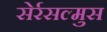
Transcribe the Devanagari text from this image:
सेर्रसल्मुस